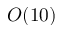
O ( 1 0 )